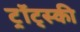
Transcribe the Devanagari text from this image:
ट्र्रॉट्स्की